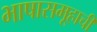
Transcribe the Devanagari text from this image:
भाषासमूहाची